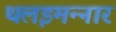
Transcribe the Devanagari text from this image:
थलइमन्‍नार